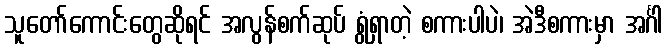
သူတော်ကောင်းတွေဆိုရင် အလွန်စက်ဆုပ် ရွံရှာတဲ့ စကားပါပဲ၊ အဲဒီစကားမှာ အင်္ဂါ